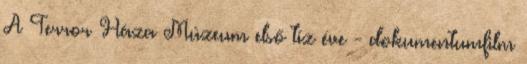
A Terror Háza Múzeum első tíz éve - dokumentumfilm